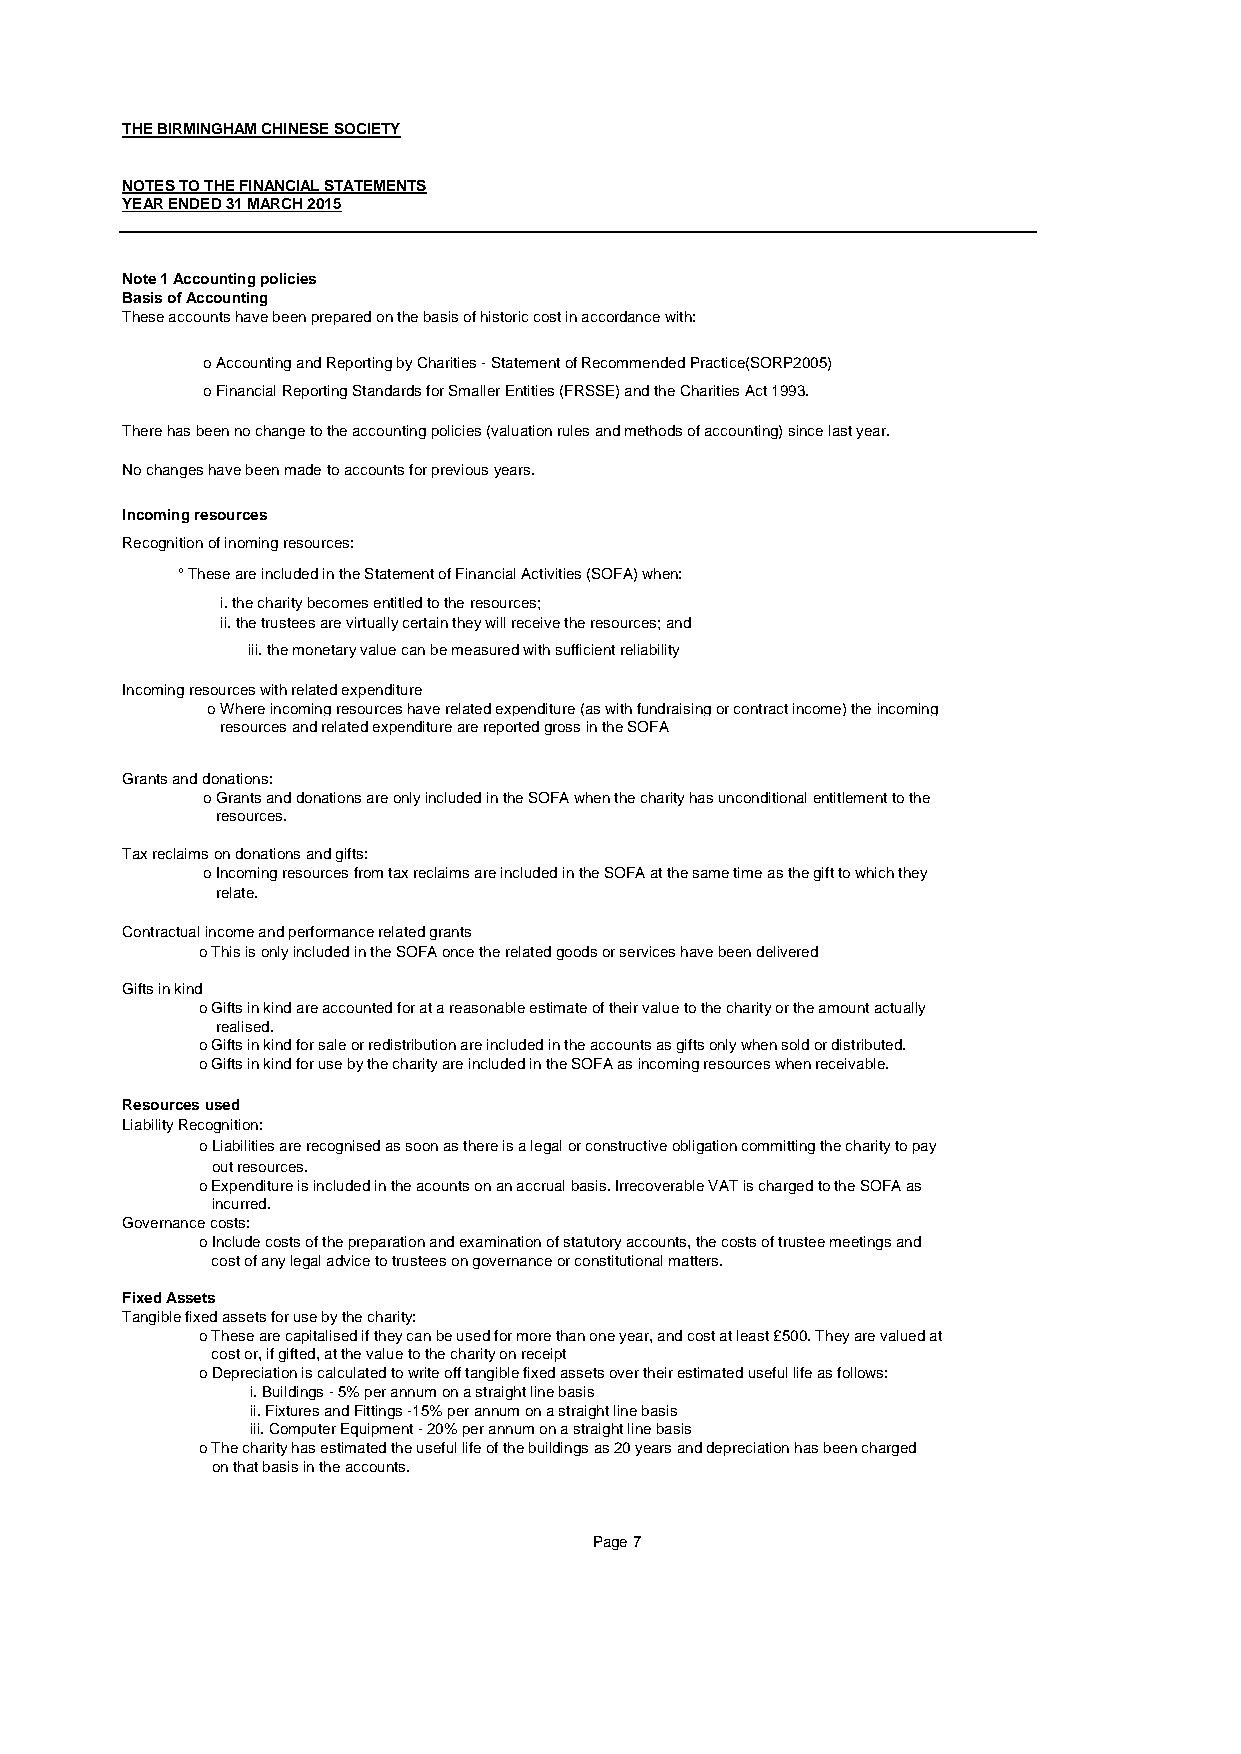
THE BIRMINGHAM CHINESE SOCIETY
 NOTES TO THE FINANCIAL STATEMENTS
 YEAR ENDED 31 MARCH 2015
 Note 1 Accounting policies
 Basis of Accounting
 These accounts have been prepared on the basis of historic cost in accordance with:
 o Accounting and Reporting by Charities - Statement of Recommended Practice(SORP2005)
 o Financial Reporting Standards for Smaller Entities (FRSSE) and the Charities Act 1993.
 There has been no change to the accounting policies (valuation rules and methods of accounting) since last year.
 No changes have been made to accounts for previous years.
 Incoming resources
 Recognition of inoming resources:
 ° These are included in the Statement of Financial Activities (SOFA) when:
 i. the charity becomes entitled to the resources;
 ii. the trustees are virtually certain they will receive the resources; and
 iii. the monetary value can be measured with sufficient reliability
 Incoming resources with related expenditure
 o Where incoming resources have related expenditure (as with fundraising or contract income) the incoming
 resources and related expenditure are reported gross in the SOFA
 Grants and donations:
 o Grants and donations are only included in the SOFA when the charity has unconditional entitlement to the
 resources.
 Tax reclaims on donations and gifts:
 o Incoming resources from tax reclaims are included in the SOFA at the same time as the gift to which they
 relate.
 Contractual income and performance related grants
 o This is only included in the SOFA once the related goods or services have been delivered
 Gifts in kind
 o Gifts in kind are accounted for at a reasonable estimate of their value to the charity or the amount actually
 realised.
 o Gifts in kind for sale or redistribution are included in the accounts as gifts only when sold or distributed.
 o Gifts in kind for use by the charity are included in the SOFA as incoming resources when receivable.
 Resources used
 Liability Recognition:
 o Liabilities are recognised as soon as there is a legal or constructive obligation committing the charity to pay
 out resources.
 o Expenditure is included in the acounts on an accrual basis. Irrecoverable VAT is charged to the SOFA as
 incurred.
 Governance costs:
 o Include costs of the preparation and examination of statutory accounts, the costs of trustee meetings and
 cost of any legal advice to trustees on governance or constitutional matters.
 Fixed Assets
 Tangible fixed assets for use by the charity:
 o These are capitalised if they can be used for more than one year, and cost at least £500. They are valued at
 cost or, if gifted, at the value to the charity on receipt
 o Depreciation is calculated to write off tangible fixed assets over their estimated useful life as follows:
 i. Buildings - 5% per annum on a straight line basis
 ii. Fixtures and Fittings -15% per annum on a straight line basis
 iii. Computer Equipment - 20% per annum on a straight line basis
 o The charity has estimated the useful life of the buildings as 20 years and depreciation has been charged
 on that basis in the accounts.
 Page 7